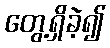
တွေ့ရှိခဲ့၍